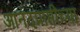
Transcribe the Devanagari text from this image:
आनंदप्राप्तीच्या